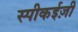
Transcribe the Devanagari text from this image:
स्पीकईज़ी